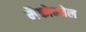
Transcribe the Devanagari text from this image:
मैकोन्नेल